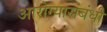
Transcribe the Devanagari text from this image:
आरोग्यासंबंधी